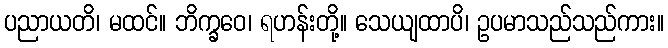
ပညာယတိ၊ မထင်။ ဘိက္ခဝေ၊ ရဟန်းတို့။ သေယျထာပိ၊ ဥပမာသည်သည်ကား။